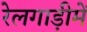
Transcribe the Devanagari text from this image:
रेलगाड़ीमें